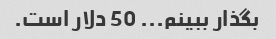
بگذار ببینم... 50 دلار است.